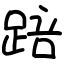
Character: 踣